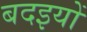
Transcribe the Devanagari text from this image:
बदइयों